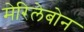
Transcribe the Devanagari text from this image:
मेरिलेबोन